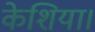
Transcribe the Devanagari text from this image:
केशिया।